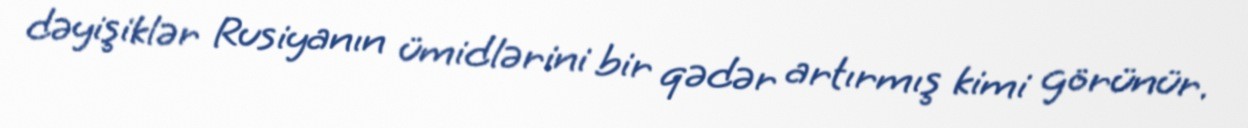
dəyişiklər Rusiyanın ümidlərini bir qədər artırmış kimi görünür.